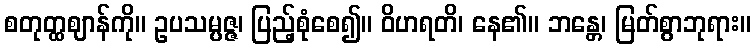
စတုတ္ထဈာန်ကို။ ဥပသမ္ပဇ္ဇ၊ ပြည့်စုံစေ၍။ ဝိဟရတိ၊ နေ၏။ ဘန္တေ၊ မြတ်စွာဘုရား။